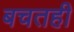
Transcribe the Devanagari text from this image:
बचतही